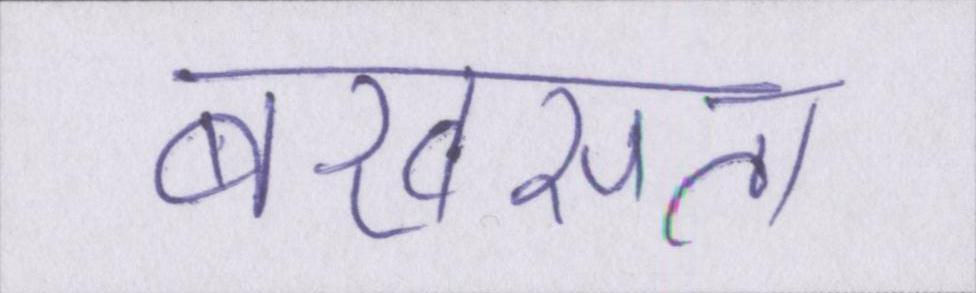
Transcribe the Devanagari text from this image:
बखसता।